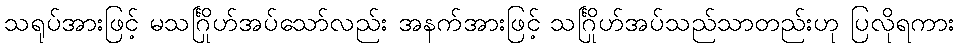
သရုပ်အားဖြင့် မသင်္ဂြိုဟ်အပ်သော်လည်း အနက်အားဖြင့် သင်္ဂြိုဟ်အပ်သည်သာတည်းဟု ပြလိုရကား